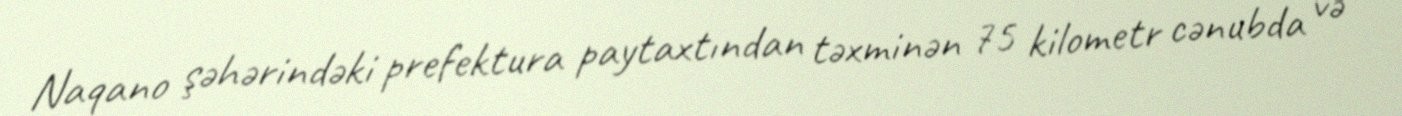
Naqano şəhərindəki prefektura paytaxtından təxminən 75 kilometr cənubda və